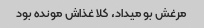
مرغش بو میداد، کلا غذاش مونده بود